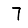
Digit: 7